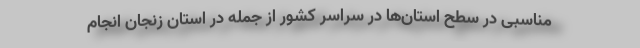
مناسبی در سطح استان‌ها در سراسر کشور از جمله در استان زنجان انجام